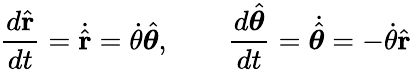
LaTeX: {\frac{d{\hat{\mathbf{r}}}}{dt}}={\dot{\hat{\mathbf{r}}}}={\dot{\theta}}{\hat{\boldsymbol{\theta}}},\qquad{\frac{d{\hat{\boldsymbol{\theta}}}}{dt}}={\dot{\hat{\boldsymbol{\theta}}}}=-{\dot{\theta}}{\hat{\mathbf{r}}}